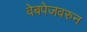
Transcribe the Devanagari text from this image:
वेबपेजवरुन